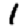
Digit: 1